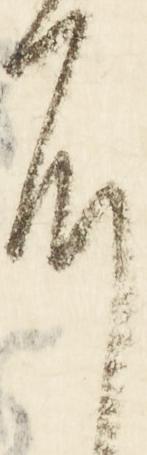
耳